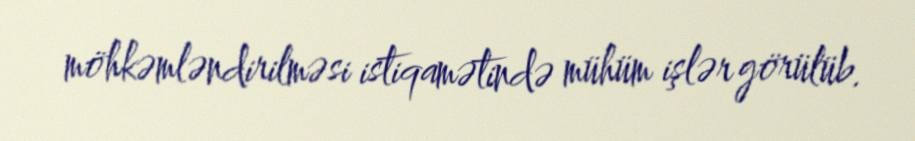
möhkəmləndirilməsi istiqamətində mühüm işlər görülüb.